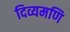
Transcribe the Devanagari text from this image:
दिव्यमणि